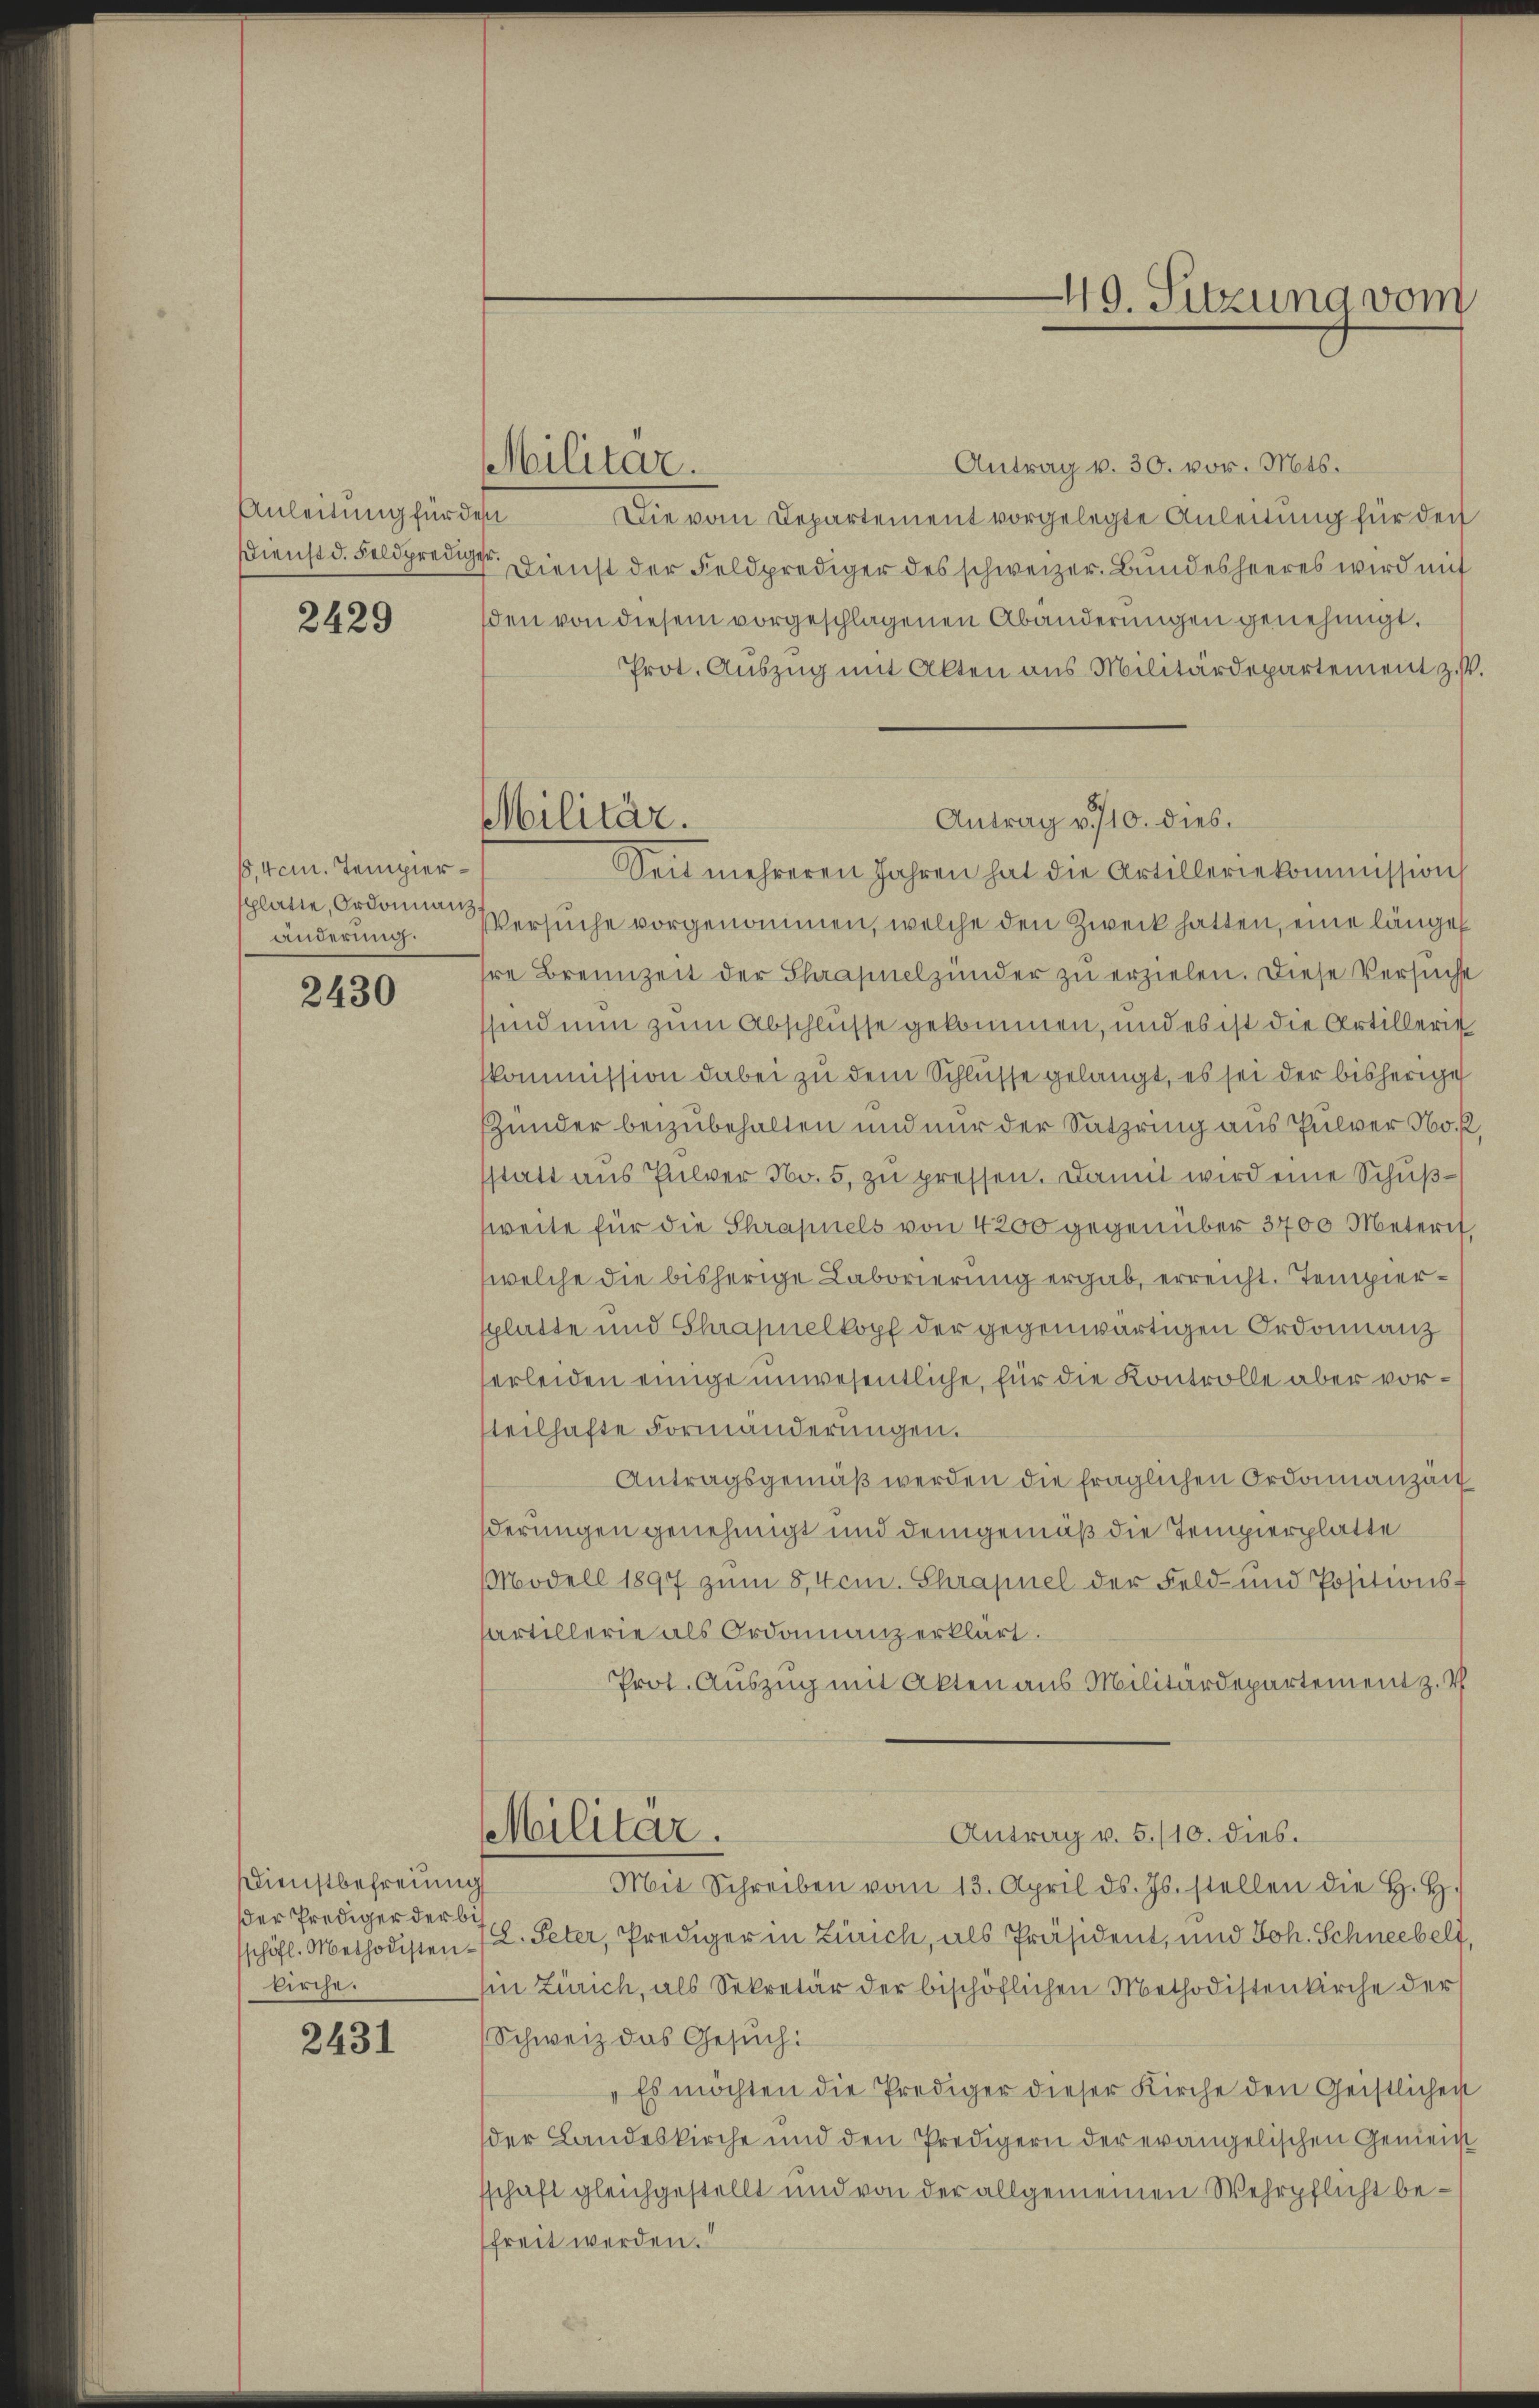
Anleitung für den
Dienst d. Feldprediger.

2429

18, 4cm. Tempierschlatte, Ordonnanz
änderung.

2430

Dienstbefreung
der Prediger der bikirche.

2431

Militär.

Militär.

Antrag v. 10. dies.

49. Sitzung vom

Antrag v. 30. vor. Mts.
Die vom Departement vorgelegte Anleitung für den
Dienst der Feldprediger des schweizer. Bundesheeres wird mit
den von diesem vorgeschlagenen Abänderungen genehmigt.
Prot. Auszug mit Akten aus Militärdepartement z.
Seit mehreren Jahren hat die Artilleriekommission
Versuche vorgenommen, welche den Zweck hatten, eine längel
hre Brennzeit der Schrapnelzünder zu erzielen. Diese Versuche
sind nun zum Abschlusse gekommen, und es ist die Artillerie
kommission dabei zu dem Schlüsse gelangt, es sei der bisherige
Hunder beizubehalten und nur der Satzring aus Pulver No. f,
statt aŭs Pulver No. 5 zŭ pressen. Damit wird eine Schußweite für die Schrapnels von 4200 gegenüber 3400 Meterit,
welche die bisherige Laborierung ergab, erreicht. Tempiersplatte und Shrapnelkopf der gegenwärtigen Ordonnanz
erleiden einige unwesentliche, für die Kontrolle aber vorsteilhafte Formänderungen.
Antragsgemäß werden die fraglichen Ordonnanzäu
derungen genehmigt und demgemäß die Tempierplatte
Modell 1897 zum 8,4cm. Shrapnel der Feld- und Positionsf
sartillerie als Ordonnanz erklärt.
Prot. Auszug mit Akten aus Militärdepartement z. T
Militär.
Antrag v. 5./10. dies.
Mit Schreiben vom 13. April d. Js. stellen die H. H.
schöfl. Methodisten L. Peter, Prediger in Zürich, als Präsident, und Joh. Schneebelt,
in Zürich, als Sekretär der bischöflichen Methodistenkirche der
Schweiz das Gesuch:
„Es möchten die Prediger dieser Kirche den Geistlichen
der Landeskirche und den Predigern der evangelischen Gemein
sschaft gleichgestellt und von der allgemeinen Wehrpflicht befreit werden.